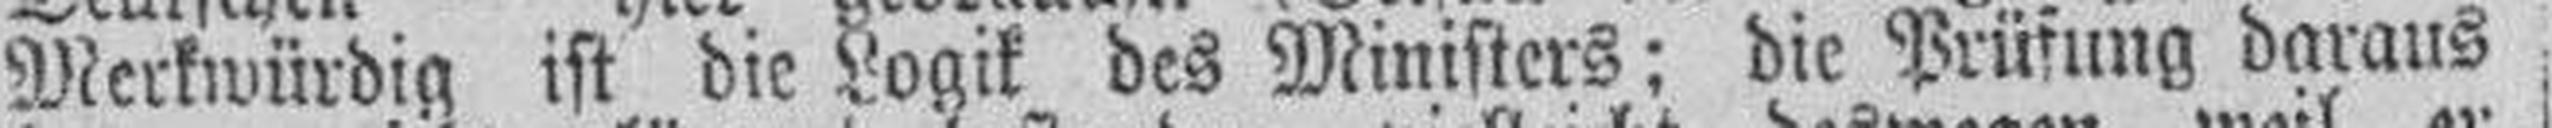
Merkwürdig ist die Logik des Ministers; die Prüfung daraus